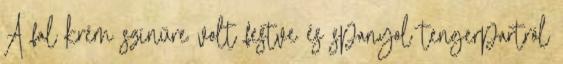
A fal krém színűre volt festve és spanyol tengerpartról